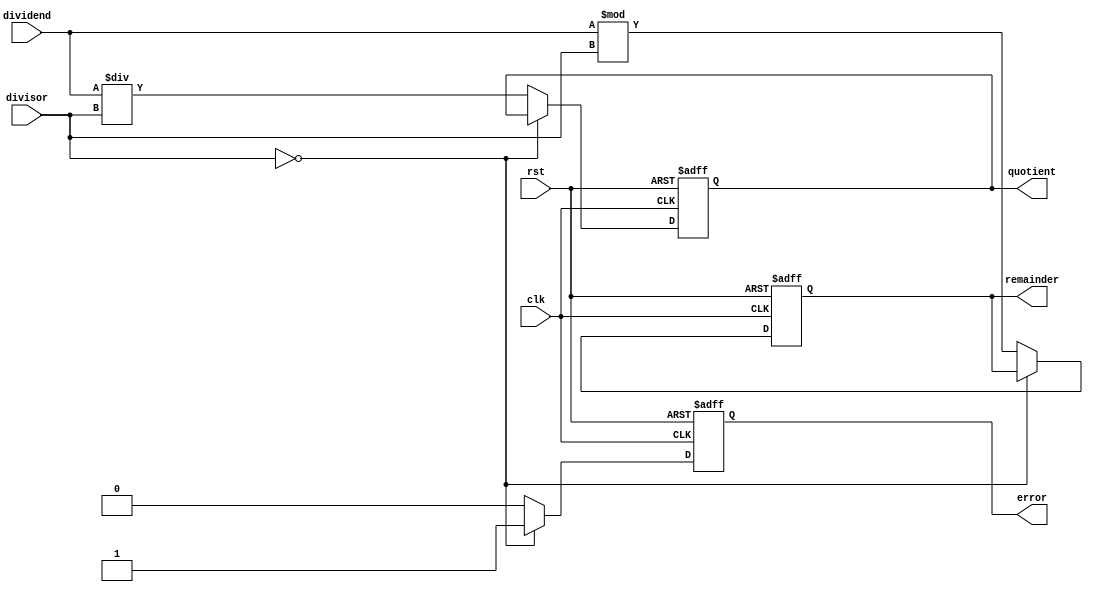
module synchronous_divider (
    input wire clk,
    input wire rst,
    input wire signed [31:0] dividend,
    input wire signed [31:0] divisor,
    output reg signed [31:0] quotient,
    output reg signed [31:0] remainder,
    output reg error
);

always @(posedge clk or posedge rst) begin
    if (rst) begin
        quotient <= 32'b0;
        remainder <= 32'b0;
        error <= 1'b0;
    end else begin
        if (divisor == 32'b0) begin
            error <= 1'b1; // divide by zero
        end else begin
            quotient <= dividend / divisor; // calculate quotient
            remainder <= dividend % divisor; // calculate remainder
            error <= 1'b0;
        end
    end
end

endmodule